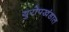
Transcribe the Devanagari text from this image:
युरोपखंडात